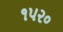
૧૫૨૦